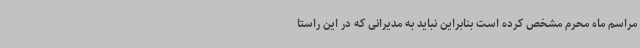
مراسم ماه محرم مشخص کرده است بنابراین نباید به مدیرانی که در این راستا